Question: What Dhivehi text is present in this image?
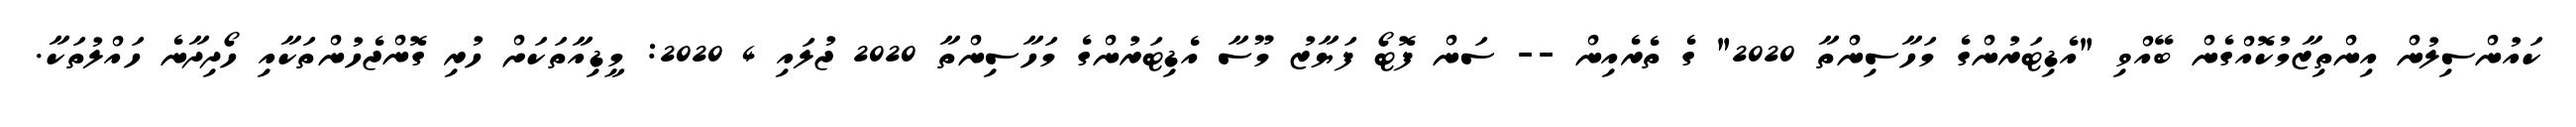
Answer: ކައުންސިލުން އިންތިޒާމުކޮއްގެން ބޭއްވި "އެޑިޓަރުންގެ މަހާސިންތާ 2020" ގެ ތެރެއިން -- ސަން ފޮޓޯ ފަޔާޒު މޫސާ އެޑިޓަރުންގެ މަހާސިންތާ 2020 ޖުލައި 4 2020: މީޑިއާތަކަށް ހުރި ގޮންޖެހުންތަކާއި ހޯދިދާނެ ހައްލުތަކާ.